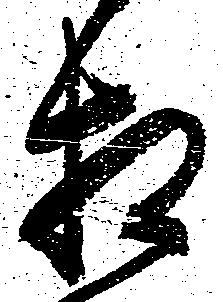
相